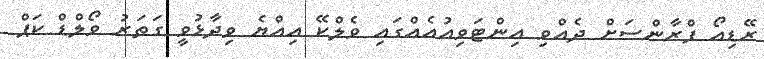
ރޭޑިއޯ ފްރާންސަށް ދެއްވި އިންޓަވިއުއެއްގައި ވެލްކޭ އިއްޔެ ވިދާޅުވީ ގަތަރު ވޯލްޑް ކަޕް